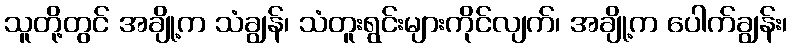
သူတို့တွင် အချို့က သံချွန်၊ သံတူးရွင်းများကိုင်လျက်၊ အချို့က ပေါက်ချွန်း၊